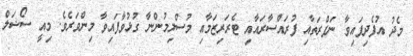
މެދު އުފެދިފައިވާ ނަފްރަތާއި ފުރައްސާރައާއި ޓެރަރިޒަމާއި މުސްލިމުންނާ ގުޅުވާފައިވާ މިންވަރެވެ. މިއީ ސޯޝަލް